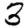
Digit: 3